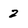
Character: 2